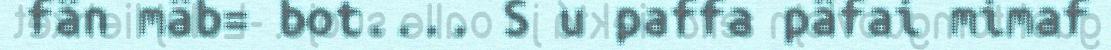
fän mäb= bot.... S u paffa päfai mimaf